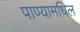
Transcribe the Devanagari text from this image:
पाण्यामधिल